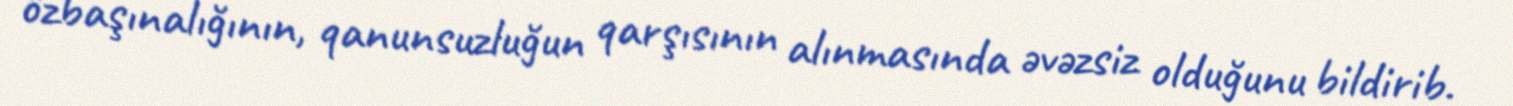
özbaşınalığının, qanunsuzluğun qarşısının alınmasında əvəzsiz olduğunu bildirib.